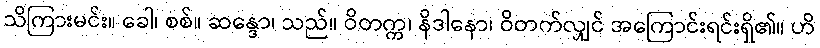
သိကြားမင်း။ ခေါ၊ စစ်။ ဆန္ဒော၊ သည်။ ဝိတက္က၊ နိဒါနော၊ ဝိတက်လျှင် အကြောင်းရင်းရှိ၏။ ဟိ